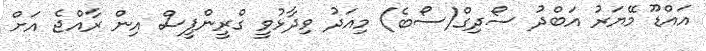
އައްޑޫ މޭޔަރު އަބްދު ސޯދިގް(ސޯބެ) މިއަދު ވިދާޅުވީ ގްރީންޕީސް އިން ރާއްޖެ އަށް